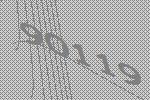
90119